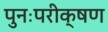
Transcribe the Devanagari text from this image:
पुनःपरीक्षण